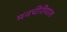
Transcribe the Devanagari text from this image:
मनचीरीयाल